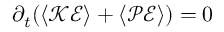
\partial _ { t } ( \ensuremath { \left\langle \mathcal { K E } \right\rangle } + \ensuremath { \left\langle \mathcal { P E } \right\rangle } ) = 0